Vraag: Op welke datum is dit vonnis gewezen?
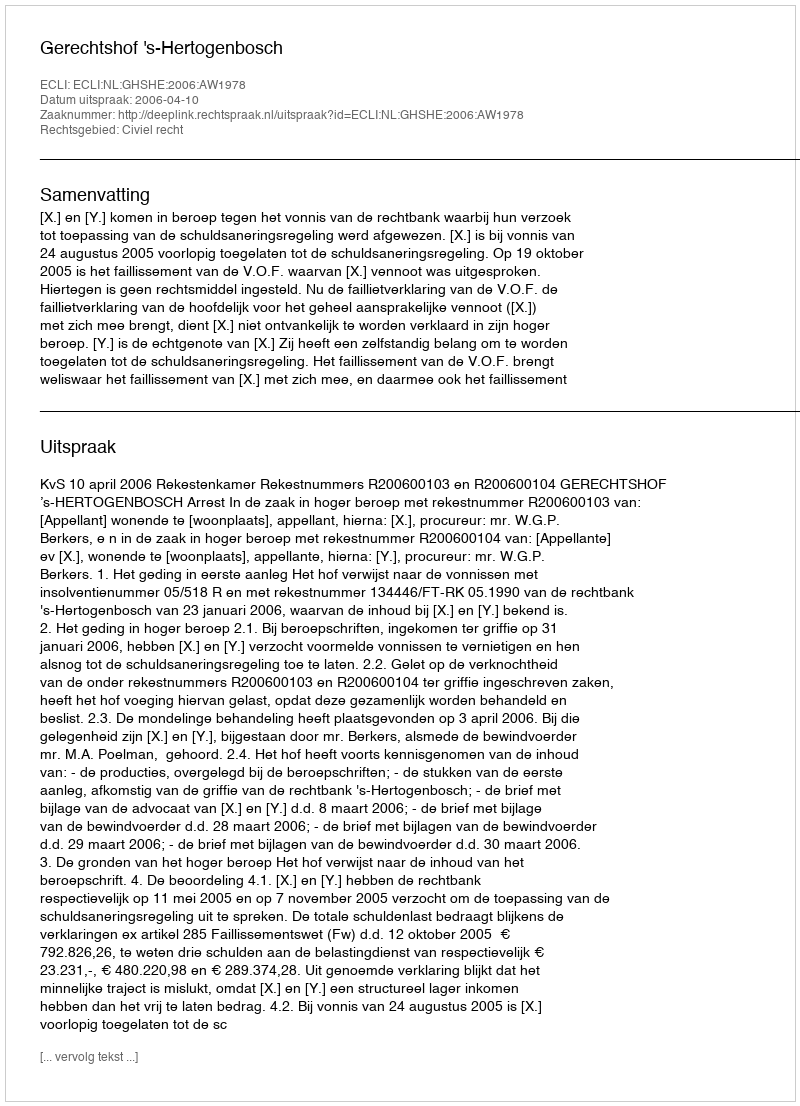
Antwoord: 2006-04-10